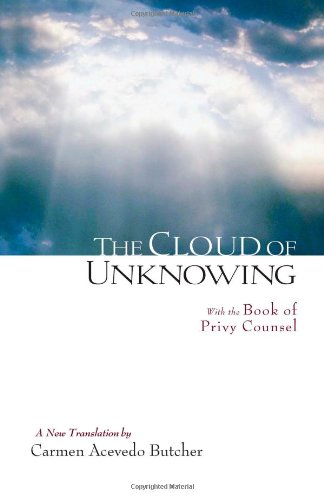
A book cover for The Cloud of Unknowing: With the Book of Privy Counsel; Literature & Fiction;